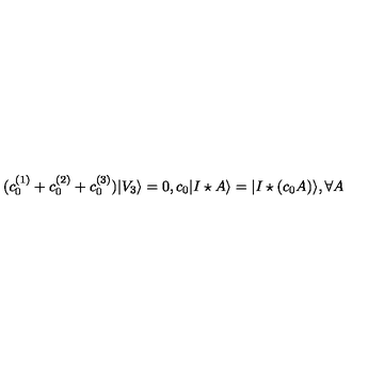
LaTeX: ( c _ { 0 } ^ { ( 1 ) } + c _ { 0 } ^ { ( 2 ) } + c _ { 0 } ^ { ( 3 ) } ) | V _ { 3 } \rangle = 0 , c _ { 0 } | I \star A \rangle = | I \star ( c _ { 0 } A ) \rangle , \forall A